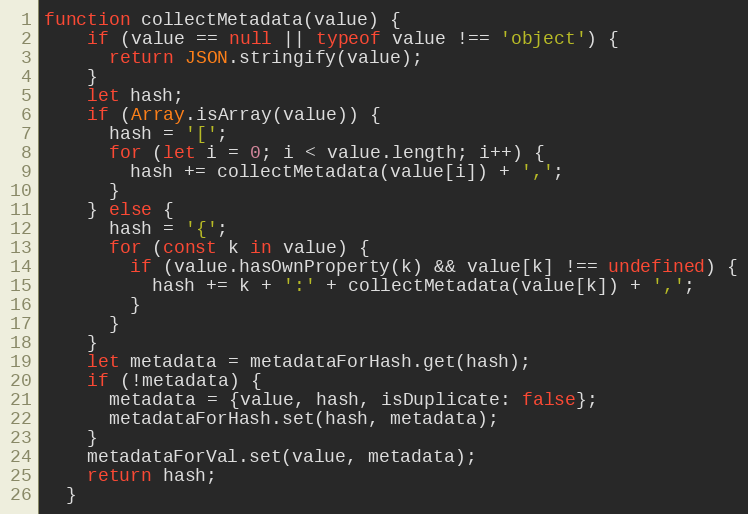
Language: JavaScript
function collectMetadata(value) {
    if (value == null || typeof value !== 'object') {
      return JSON.stringify(value);
    }
    let hash;
    if (Array.isArray(value)) {
      hash = '[';
      for (let i = 0; i < value.length; i++) {
        hash += collectMetadata(value[i]) + ',';
      }
    } else {
      hash = '{';
      for (const k in value) {
        if (value.hasOwnProperty(k) && value[k] !== undefined) {
          hash += k + ':' + collectMetadata(value[k]) + ',';
        }
      }
    }
    let metadata = metadataForHash.get(hash);
    if (!metadata) {
      metadata = {value, hash, isDuplicate: false};
      metadataForHash.set(hash, metadata);
    }
    metadataForVal.set(value, metadata);
    return hash;
  }